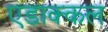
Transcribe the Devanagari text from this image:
एडाक्कल